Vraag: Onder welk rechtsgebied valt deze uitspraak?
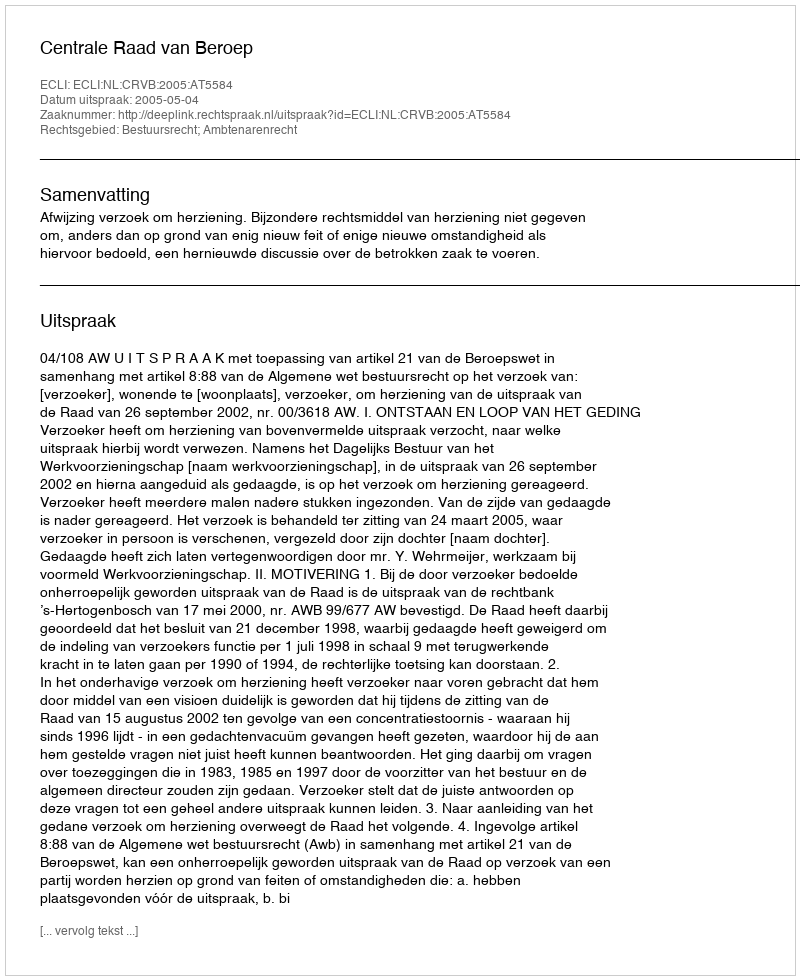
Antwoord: Bestuursrecht; Ambtenarenrecht